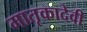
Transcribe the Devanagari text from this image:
मातृकादेवी